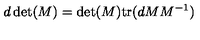
d \det ( M ) = \det ( M ) \mathrm { t r } ( d M M ^ { - 1 } ) \nonumber